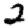
Digit: 2